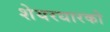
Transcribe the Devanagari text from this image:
शेयरधारको